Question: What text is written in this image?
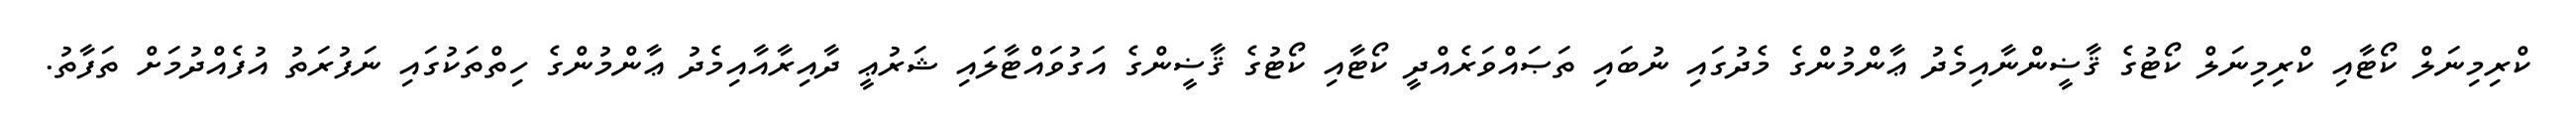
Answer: ކްރިމިނަލް ކޯޓާއި ކްރިމިނަލް ކޯޓުގެ ޤާޟީންނާއިމެދު ޢާންމުންގެ މެދުގައި ނުބައި ތަޞައްވަރެއްދީ ކޯޓާއި ކޯޓުގެ ޤާޟީންގެ އަގުވައްޓާލައި ޝަރުޢީ ދާއިރާއާއިމެދު ޢާންމުންގެ ހިތްތަކުގައި ނަފުރަތު އުފެއްދުމަށް ތަފާތު.